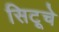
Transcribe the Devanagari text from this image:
सिटूचे